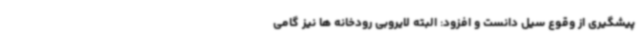
پیشگیری از وقوع سیل دانست و افزود: البته لایروبی رودخانه ها نیز گامی